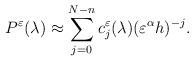
LaTeX: \begin{align*} P^\varepsilon(\lambda)\approx \sum_{j=0}^{N-n} c^\varepsilon_j(\lambda)(\varepsilon^{\alpha}h)^{-j}.\end{align*}